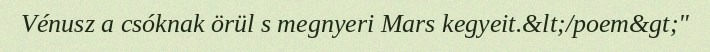
Vénusz a csóknak örül s megnyeri Mars kegyeit.&lt;/poem&gt;"